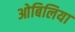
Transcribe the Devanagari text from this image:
ओबिलिया